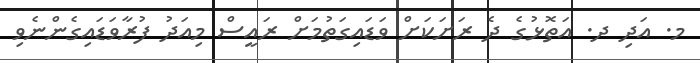
މ. އަދި ދ. އަތޮޅުގެ ދެ ރަށަކަށް ވަޑައިގަތުމަށް ރައީސް މިއަދު ފުރާވަޑައިގެންނެވި